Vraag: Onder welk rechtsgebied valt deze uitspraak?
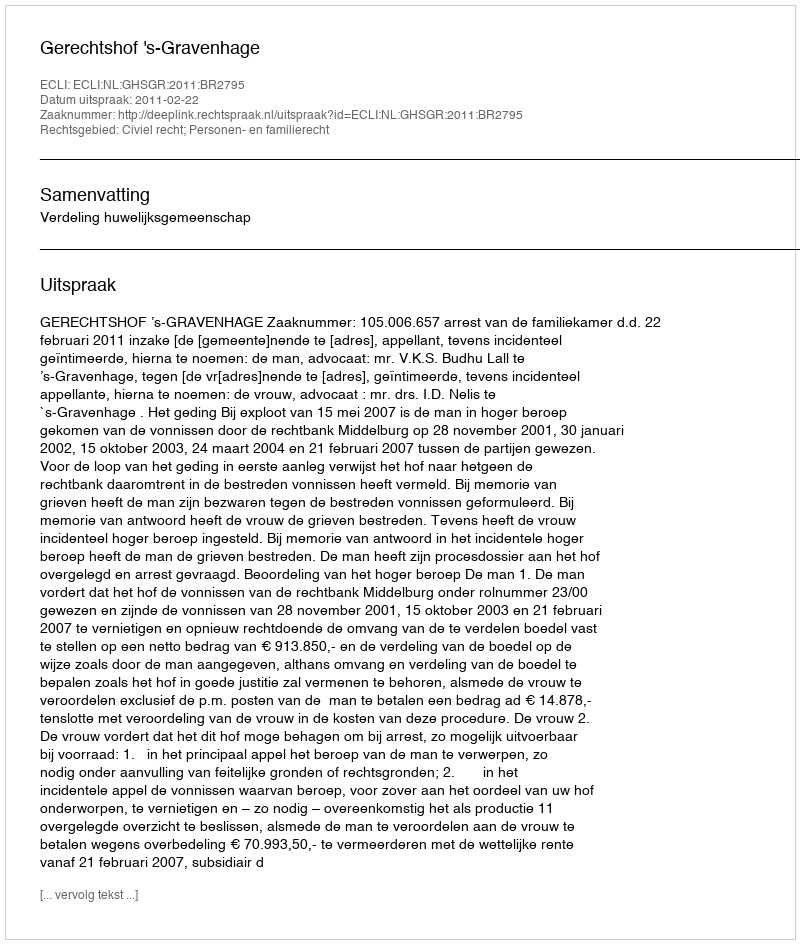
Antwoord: Civiel recht; Personen- en familierecht